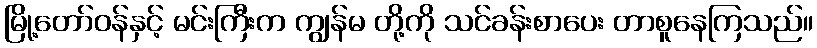
မြို့တော်ဝန်နှင့် မင်းကြီးက ကျွန်မ တို့ကို သင်ခန်းစာပေး တာစူနေကြသည်။